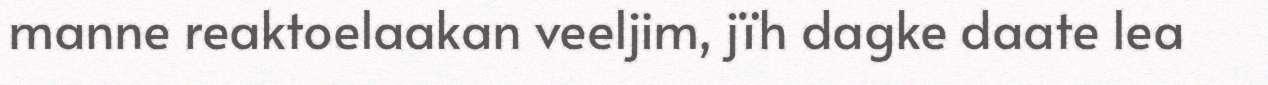
manne reaktoelaakan veeljim, jïh dagke daate lea